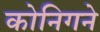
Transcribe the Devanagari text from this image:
कोनिगने